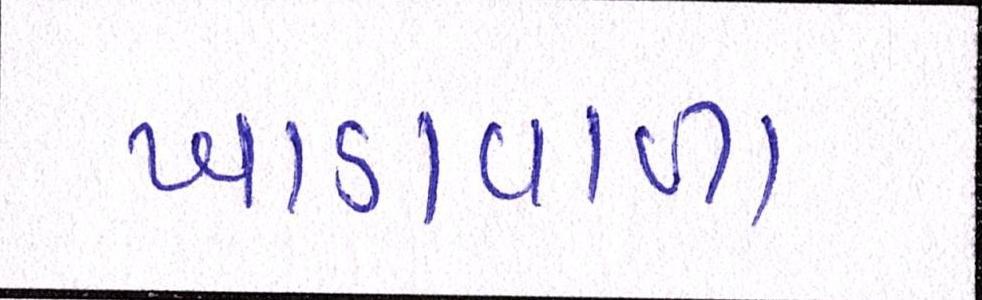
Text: ખાડાવાળા